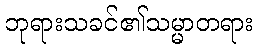
ဘုရားသခင်၏သမ္မာတရား